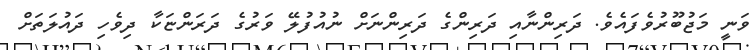
ވަނީ މަޖުބޫރުވެފައެވެ. ދަރިންނާއި ދަރިންގެ ދަރިންނަށް ނުއުފުލޭ ވަރުގެ ދަރަންޏަކާ ދިވެހި ދައުލަތަށް